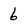
Character: 6